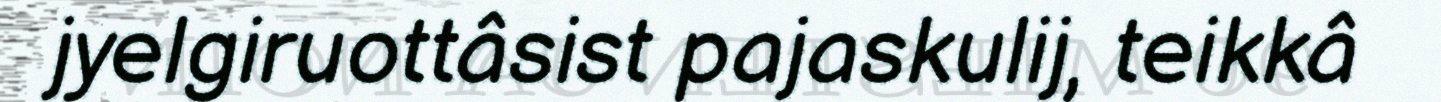
jyelgiruottâsist pajaskulij, teikkâ